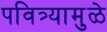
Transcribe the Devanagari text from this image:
पवित्र्यामुळे